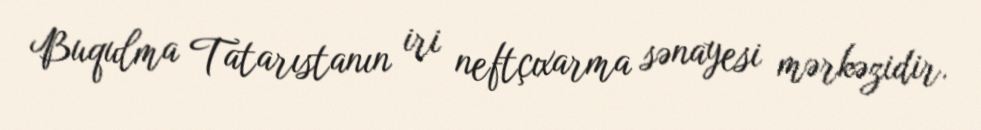
Buqulma Tatarıstanın iri neftçıxarma sənayesi mərkəzidir.